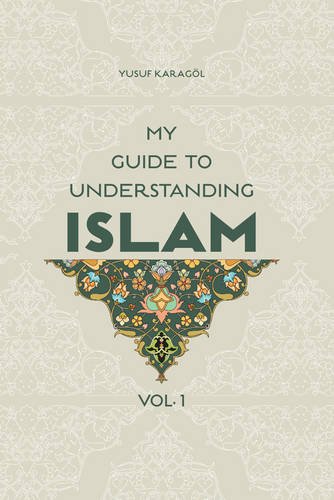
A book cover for My Guide to Understanding Islam (Vol. 1); Yusuf Karagol; Religion & Spirituality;